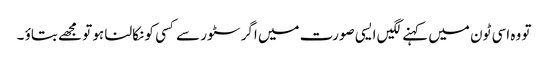
تو وہ اسی ٹون میں کہنے لگیں ایسی صورت میں اگر سٹور سے کسی کو نکالنا ہو تو مجھے بتاؤ ۔